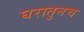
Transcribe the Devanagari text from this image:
घरातुनच